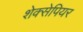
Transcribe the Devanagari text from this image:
शेक्सेपियर